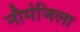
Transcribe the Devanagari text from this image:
नौमंजिला